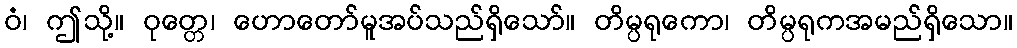
ဝံ၊ ဤသို့။ ဝုတ္တေ၊ ဟောတော်မူအပ်သည်ရှိသော်။ တိမ္ပရုကော၊ တိမ္ပရုကအမည်ရှိသော။